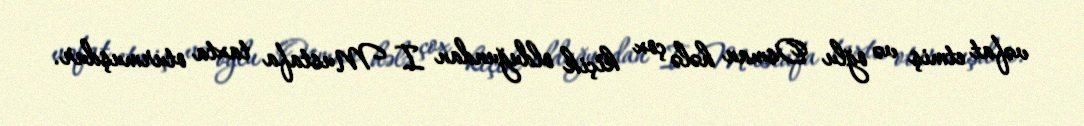
vəfat etmiş və oğlu Osman hələ çox kiçik olduğundan I Mustafa taxta oturmuşdur.